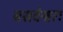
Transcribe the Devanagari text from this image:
बसवेश्वरः